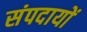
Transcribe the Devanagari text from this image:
संपदायों